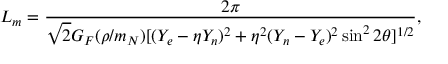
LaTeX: L _ { m } = \frac { 2 \pi } { \sqrt { 2 } G _ { F } ( { \rho / m _ { N } } ) [ ( Y _ { e } - \eta Y _ { n } ) ^ { 2 } + \eta ^ { 2 } ( Y _ { n } - Y _ { e } ) ^ { 2 } \sin ^ { 2 } 2 \theta ] ^ { 1 / 2 } } ,